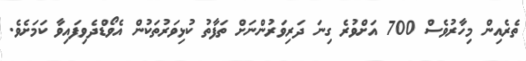
ތެރެއިން މިހާރުވެސް 700 އަށްވުރެ ގިނަ ދަރިވަރުންނަށް ތަފާތު ކުޅިވަރުތަކުން އެވޯޑްދެވިފައިވާ ކަމަށެވެ.